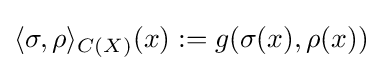
\langle \sigma ,\rho \rangle _{C(X)}(x):=g(\sigma (x),\rho (x))